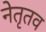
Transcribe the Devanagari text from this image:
नेतृतव